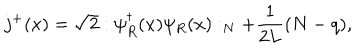
j ^ { + } ( x ) = \sqrt { 2 } : \psi _ { R } ^ { \dagger } ( x ) \psi _ { R } ( x ) : _ { N } + { \frac { 1 } { 2 L } } ( N - { q } ) ,